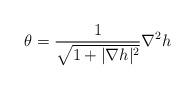
LaTeX: \begin{align*} \theta = \frac{1}{\sqrt{1 + |\nabla h|^2}} \nabla^2h \end{align*}